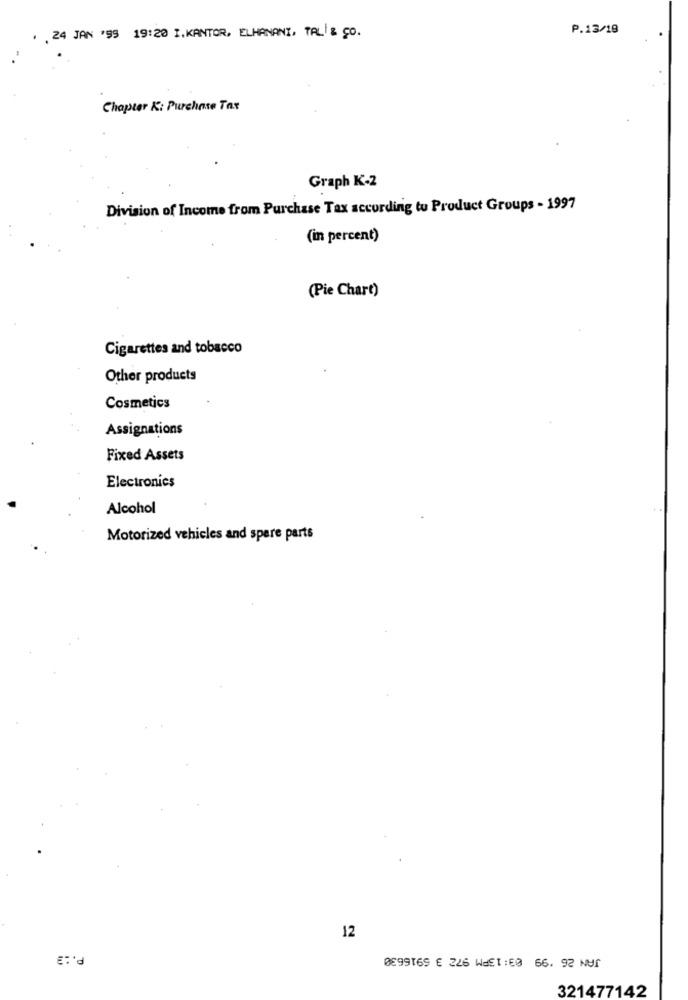
P.13/19
, 24 JAN '95 19:20 I.KANTOR, ELHANANI, TAL/ & Co.
Chapter Ki Purchase Tax
Graph K-2
Division of Income from Purchase Tax according tu Product Groups - 1997
(in percent)
(Pie Chart)
Cigarettes and tobacco
Other products
Cosmetics
Assignations
Fixed Assets
Electronics
Alcohol
Motorized vehicles and spare parts
12
P .: 3
0099169 226 WEE1:60 66. 92 NU1
321477142